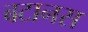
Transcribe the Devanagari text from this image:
बटानस